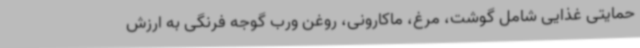
حمایتی غذایی شامل گوشت، مرغ، ماکارونی، روغن ورب گوجه فرنگی به ارزش